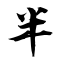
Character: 半